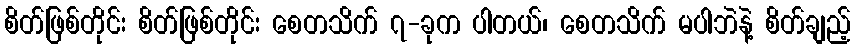
စိတ်ဖြစ်တိုင်း စိတ်ဖြစ်တိုင်း စေတသိက် ၇-ခုက ပါတယ်၊ စေတသိက် မပါဘဲနဲ့ စိတ်ချည့်